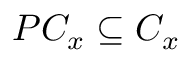
P C _ { x } \subseteq C _ { x }